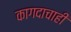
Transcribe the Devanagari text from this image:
कागदाचाही